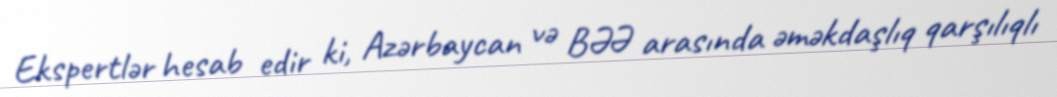
Ekspertlər hesab edir ki, Azərbaycan və BƏƏ arasında əməkdaşlıq qarşılıqlı